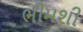
ભીમશી